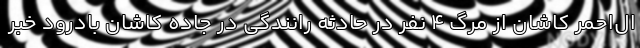
ال‌احمر کاشان از مرگ ۴ نفر در حادثه رانندگی در جاده کاشان بادرود خبر